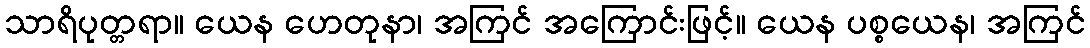
သာရိပုတ္တရာ။ ယေန ဟေတုနာ၊ အကြင် အကြောင်းဖြင့်။ ယေန ပစ္စယေန၊ အကြင်